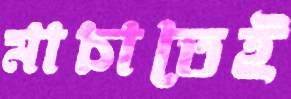
মাচাতেই